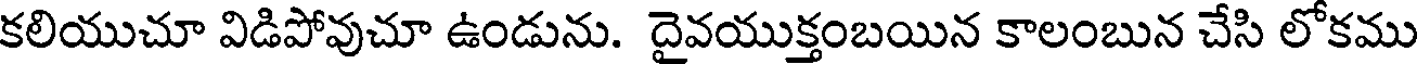
కలియుచూ విడిపోవుచూ ఉండును. దైవయుక్తంబయిన కాలంబున చేసి లోకము